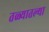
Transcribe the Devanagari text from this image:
तळ्यातल्या